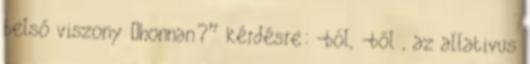
belső viszony „honnan?” kérdésre: -ból, -ből , az allativus